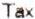
TAX